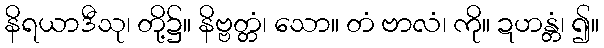
နိရယာဒီသု၊ တို့၌။ နိဗ္ဗတ္တံ၊ သော။ တံ ဗာလံ၊ ကို။ ဍဟန္တံ၊ ၍။